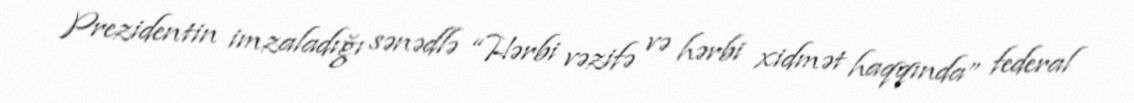
Prezidentin imzaladığı sənədlə “Hərbi vəzifə və hərbi xidmət haqqında” federal